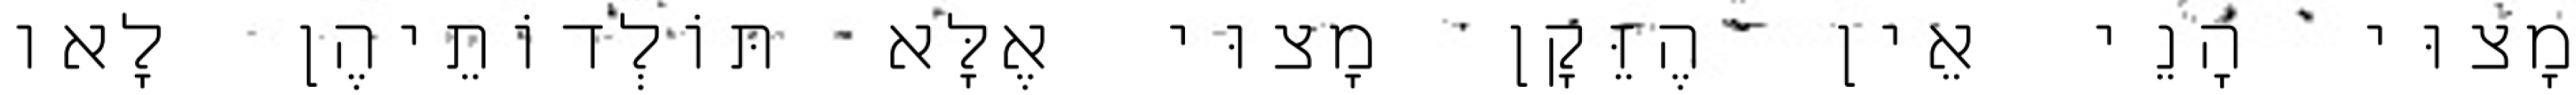
מָצוּי הָנֵי אֵין הֶזֵּקָן מָצוּי אֶלָּא תּוֹלְדוֹתֵיהֶן לָאו